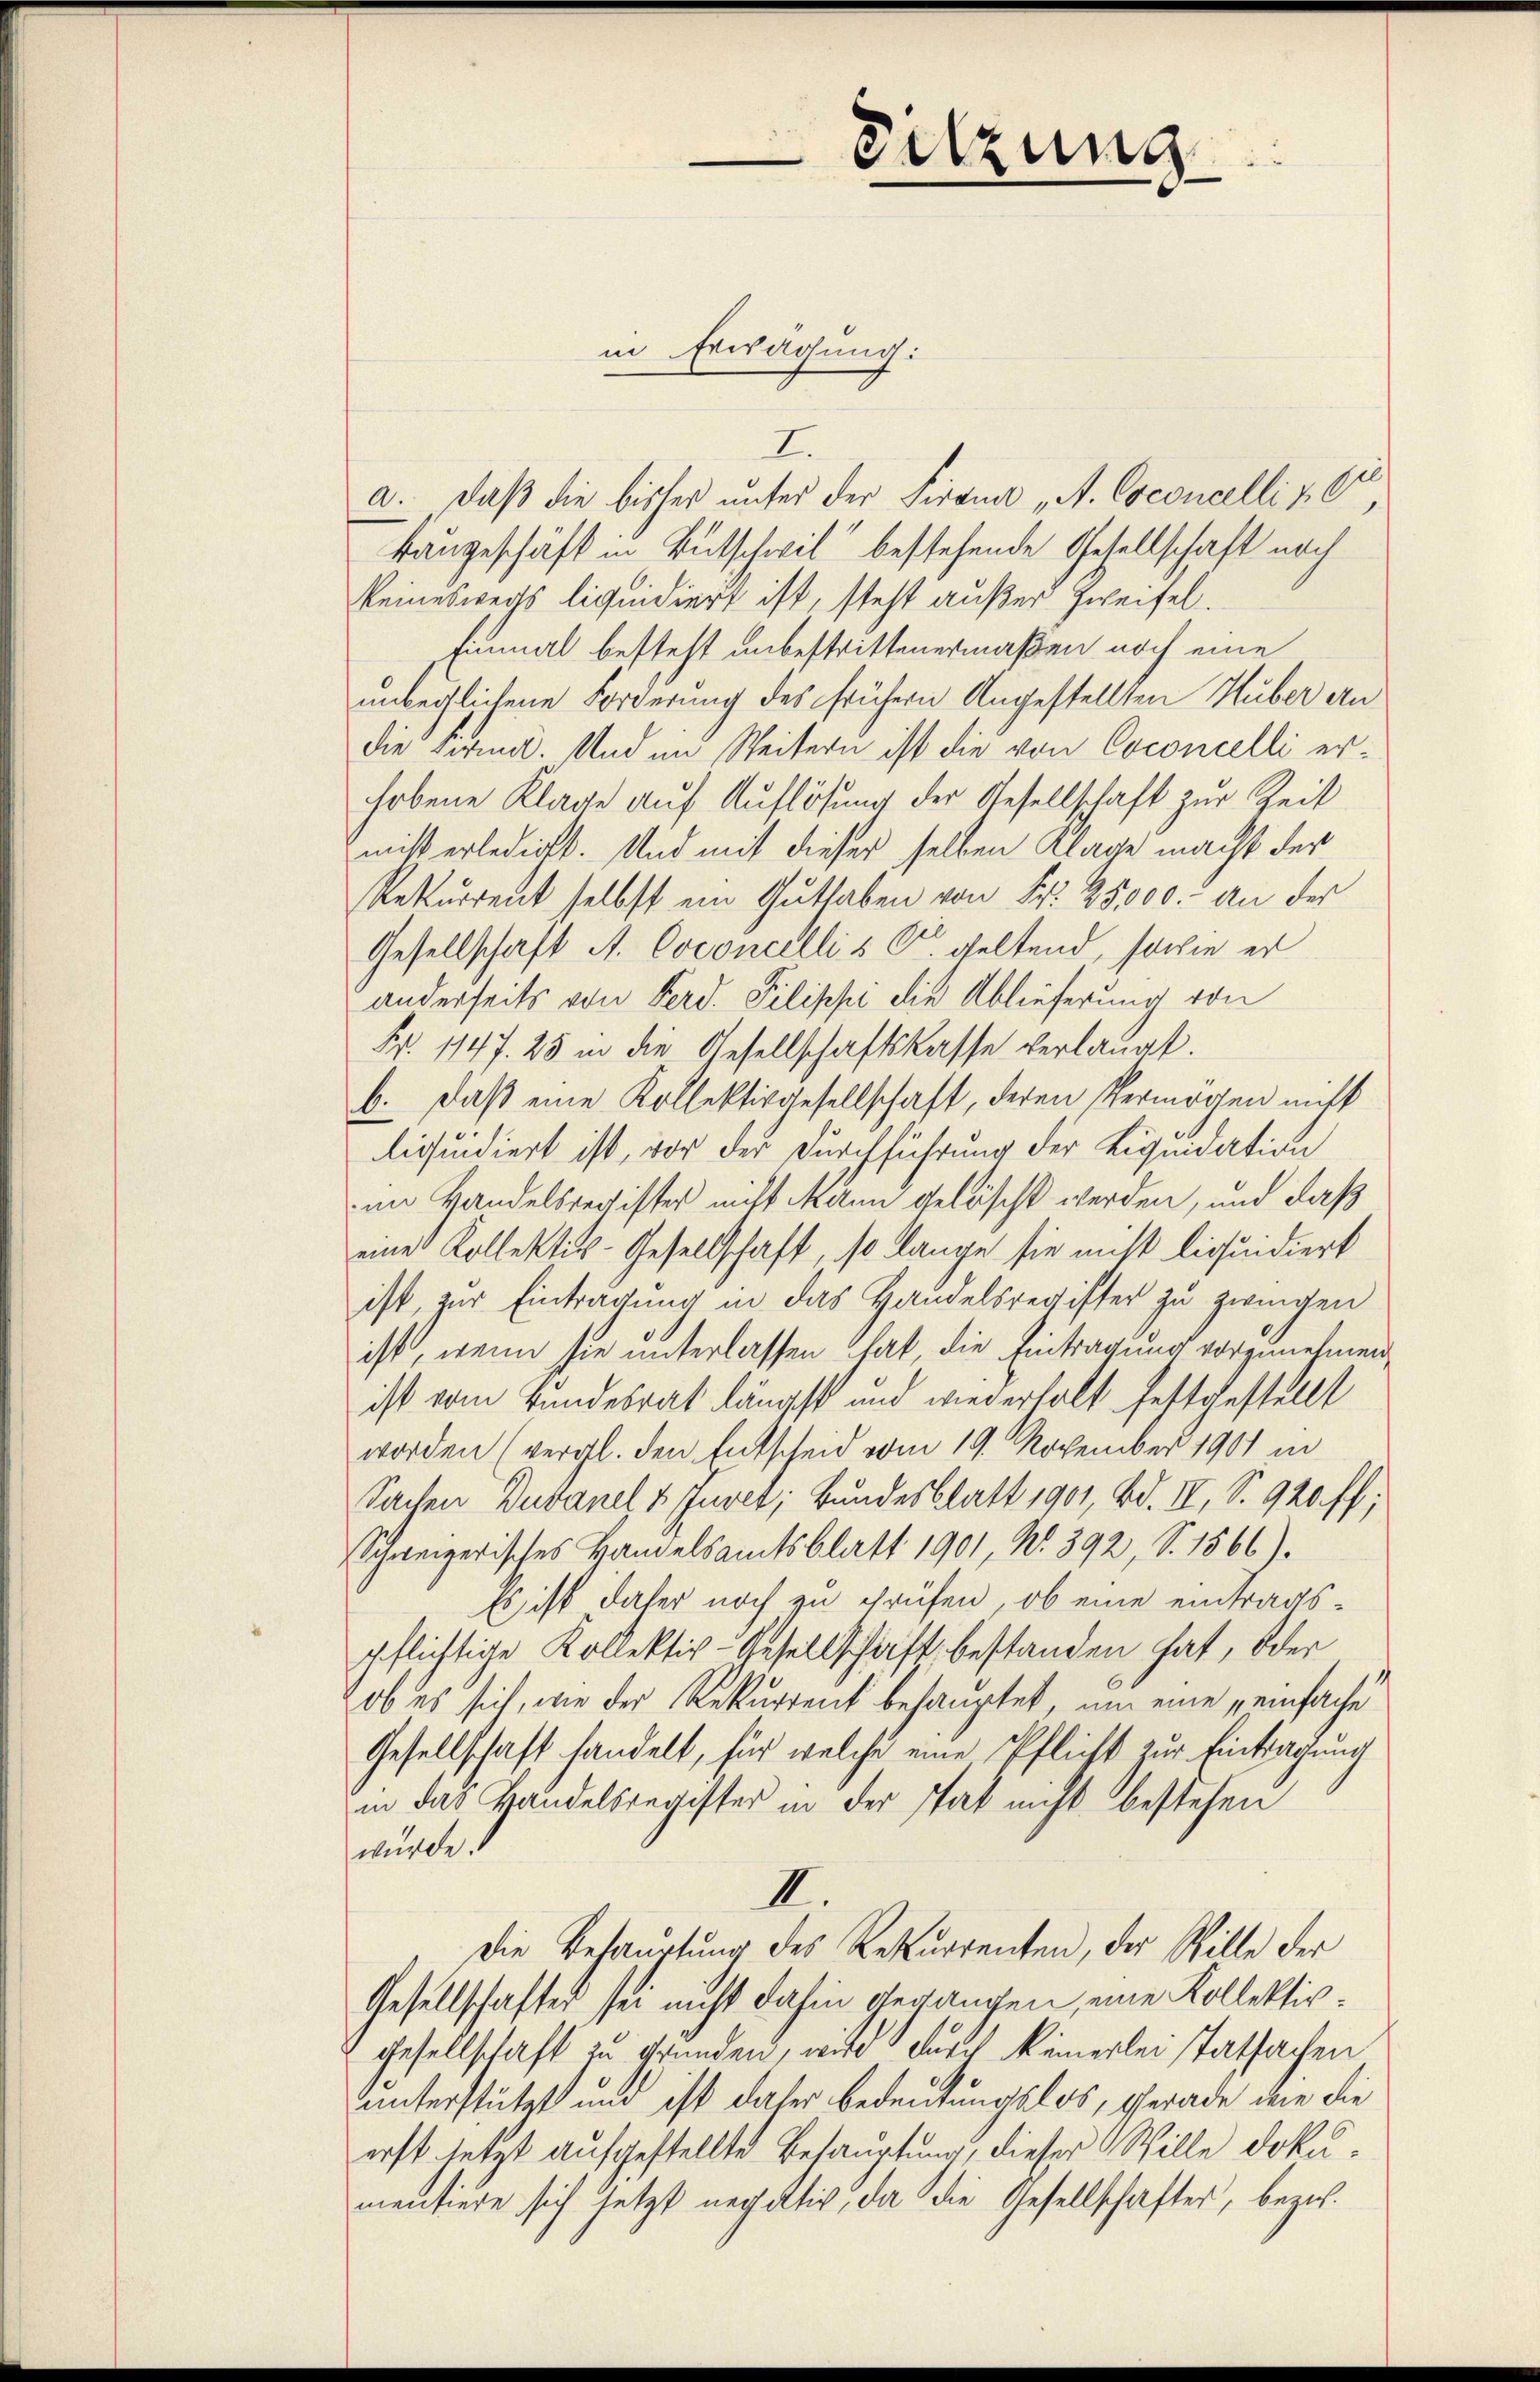
in Erwägung:
I.
a. Daß die bisher unter der Firma „A. Coconcelli & C
Baugeschäft in Bütschwil bestehende Gesellschaft noch
keineswerts liquidiert ist, steht außer Zweifel.
Einmal besteht unbestrittenermaßen noch eine
unbeglichene Forderung des frühern Angestellten Huber an
die Firma. Und im Weitern ist die von Coconcelli erhobene Klage auf Auflösung der Gesellschaft zur Zeit
mißt erledigt. Und mit dieser selben Klage macht der
Rekurrent selbst ein Guthaben von Fr. 25,000.- an der
Gesellschaft A. Coconcellis C. geltend, sowie er
anderseits von Ferd. Pilippi die Ablieferung von
Fr. 1147. 25 in die Gesellschaftskasse verlangt.
b. Daß eine Kollektivgesellschaft, deren Vermögen nicht
liquidiert ist, vor der Durchführung der Liquidation
im Handelsregister nicht Mann gelöscht werden, und daß
eines Kollektiv-Gesellschaft, so lange sie nicht liquidiert
ist, zur Eintragung in das Handelsregister zu zwingen
ist, wenn sie unterlassen hat, die Eintragung vorzunehmen,
ist vom Bundesrat längst und wiederholt festgestellt
worden (vergl. den Entscheid vom 19. November 1901 in
Sachen Dubanel & Juves; Bundesblatt 1901, Bd. II, S. 920 ff.;
Schweizerisches Handelsamtsblatt 1901, No. 392, S. 1566).
Es ist daher noch zu prüfen, ob eine eintrags-
pflichtige Kollektiv-Gesellschaft bestanden hat, oder
ob es sich, wie der Rekurrent behauptet, um eine „einfache
Gesellschaft handelt, für welche eine Pflicht zur Eintragung
in das Handelsregister in der Tat nicht bestehen
wurde.
II.
Die Behauptung des Rekurrenten, der Stille der
Gesellschafter sei nicht dahin gegangen, eine Kollektiv¬
Gesellschaft zu gründen, wird durch keinerlei Tatsachen
unterstützt und ist daher bedeutungslos, gerade wie die
erst jetzt aufgestellte Behauptung, dieser Wille dokumentiere sich jetzt negativ, da die Gesellschafter, bezw.

Sitzung